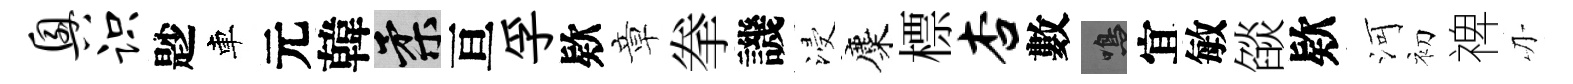
兴识尟車元韓柔亘孚欵章拳譏浸麋標杏數鳴宜敏燄欵河初禆刃